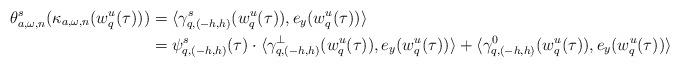
LaTeX: \begin{align*}\theta^s_{a,\omega,n}(\kappa_{a,\omega,n}(w^u_q(\tau)))&=\langle \gamma^s_{q,(-h,h)}(w^u_q(\tau)), e_y(w^u_q(\tau))\rangle\\&=\psi^s_{q,(-h,h)}(\tau)\cdot \langle {\gamma}^{\perp}_{q,(-h,h)}(w^u_q(\tau)), e_y(w^u_q(\tau))\rangle+\langle {\gamma}^0_{q,(-h,h)}(w^u_q(\tau)), e_y(w^u_q(\tau))\rangle\end{align*}